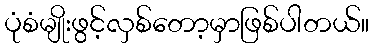
ပုံစံမျိုးဖွင့်လှစ်တော့မှာဖြစ်ပါတယ်။